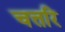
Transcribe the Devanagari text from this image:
चत्तरि